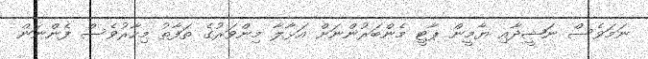
ނަމަވެސް ނަޝީދާއި ޔާމީން ޕާޓީ މެންބަރުންނަށް އަޅާލާ މިންވަރުގެ ތަފާތު މިހާރުވެސް ފެންނަން